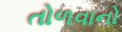
તોળવાનો